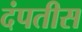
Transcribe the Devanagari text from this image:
दंपतीस